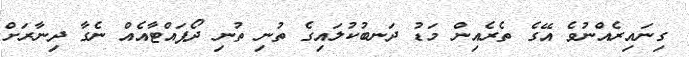
ގިނައިރެއްނުވެ އޭގެ ތެރެއިން މަޑު ދަނބުކުލައިގެ ތުނި ތުނި ދޯޕައްޓާއެއް ނެގާ ދިނާރަށް